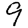
Digit: 9